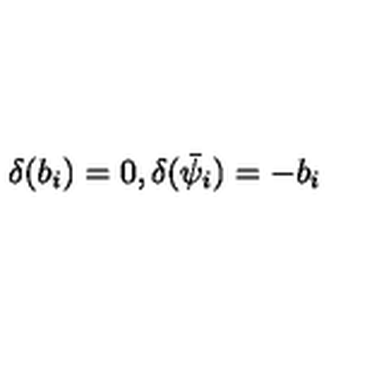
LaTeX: \delta ( b _ { i } ) = 0 , \delta ( \bar { \psi } _ { i } ) = - b _ { i }